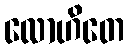
လောဟိတေ